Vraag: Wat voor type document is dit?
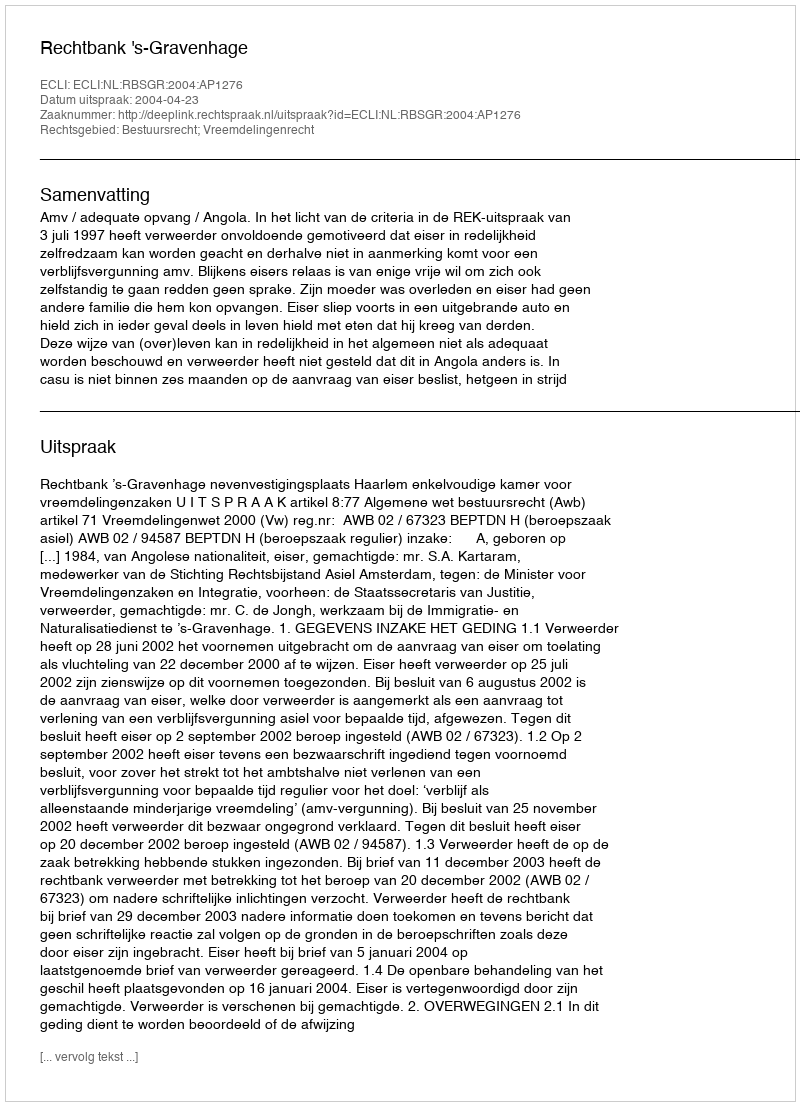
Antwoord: Uitspraak